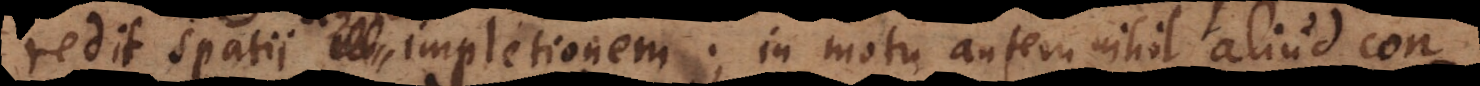
redit spatii impletionem; in motu autem nihil aliud con